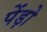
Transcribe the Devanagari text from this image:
पेंड़ो